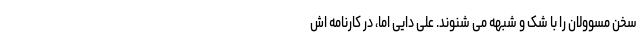
سخن مسوولان را با شک و شبهه می شنوند. علی دایی اما، در کارنامه اش